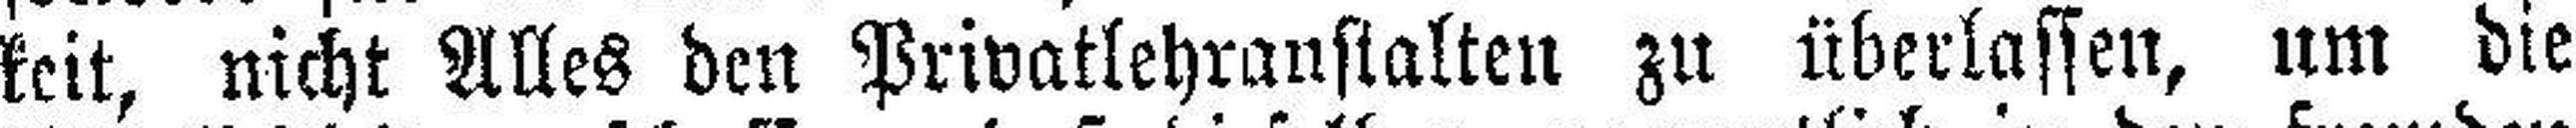
keit, nicht Alles den Privatlehranstalten zu überlasten, um die